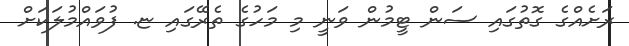
ރަށެއްގެ ގޮތުގައި ސަން ޓީމުން ވަނީ މި މަހުގެ ތެރޭގައި ޏ. ފުވައްމުލަކަށް